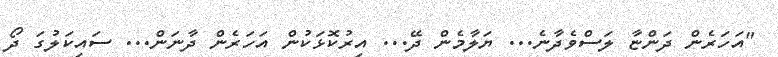
"އަހަރެން ދަންޏާ ލަސްވެދާނެ... ޔަލާމެން ދޭ... އިރުކޮޅަކުން އަހަރެން ދާނަން... ސައިކަލުގަ ދޯ